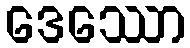
ဒေဿော